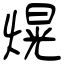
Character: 熀